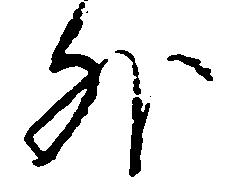
外